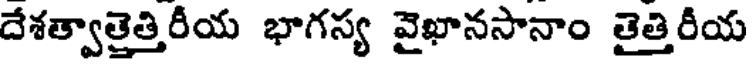
దేశత్వాత్తెత్తిరీయ భాగస్య వైఖానసానాం తైత్తిరీయ